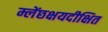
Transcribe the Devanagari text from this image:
म्लेंछक्षयदीक्षित